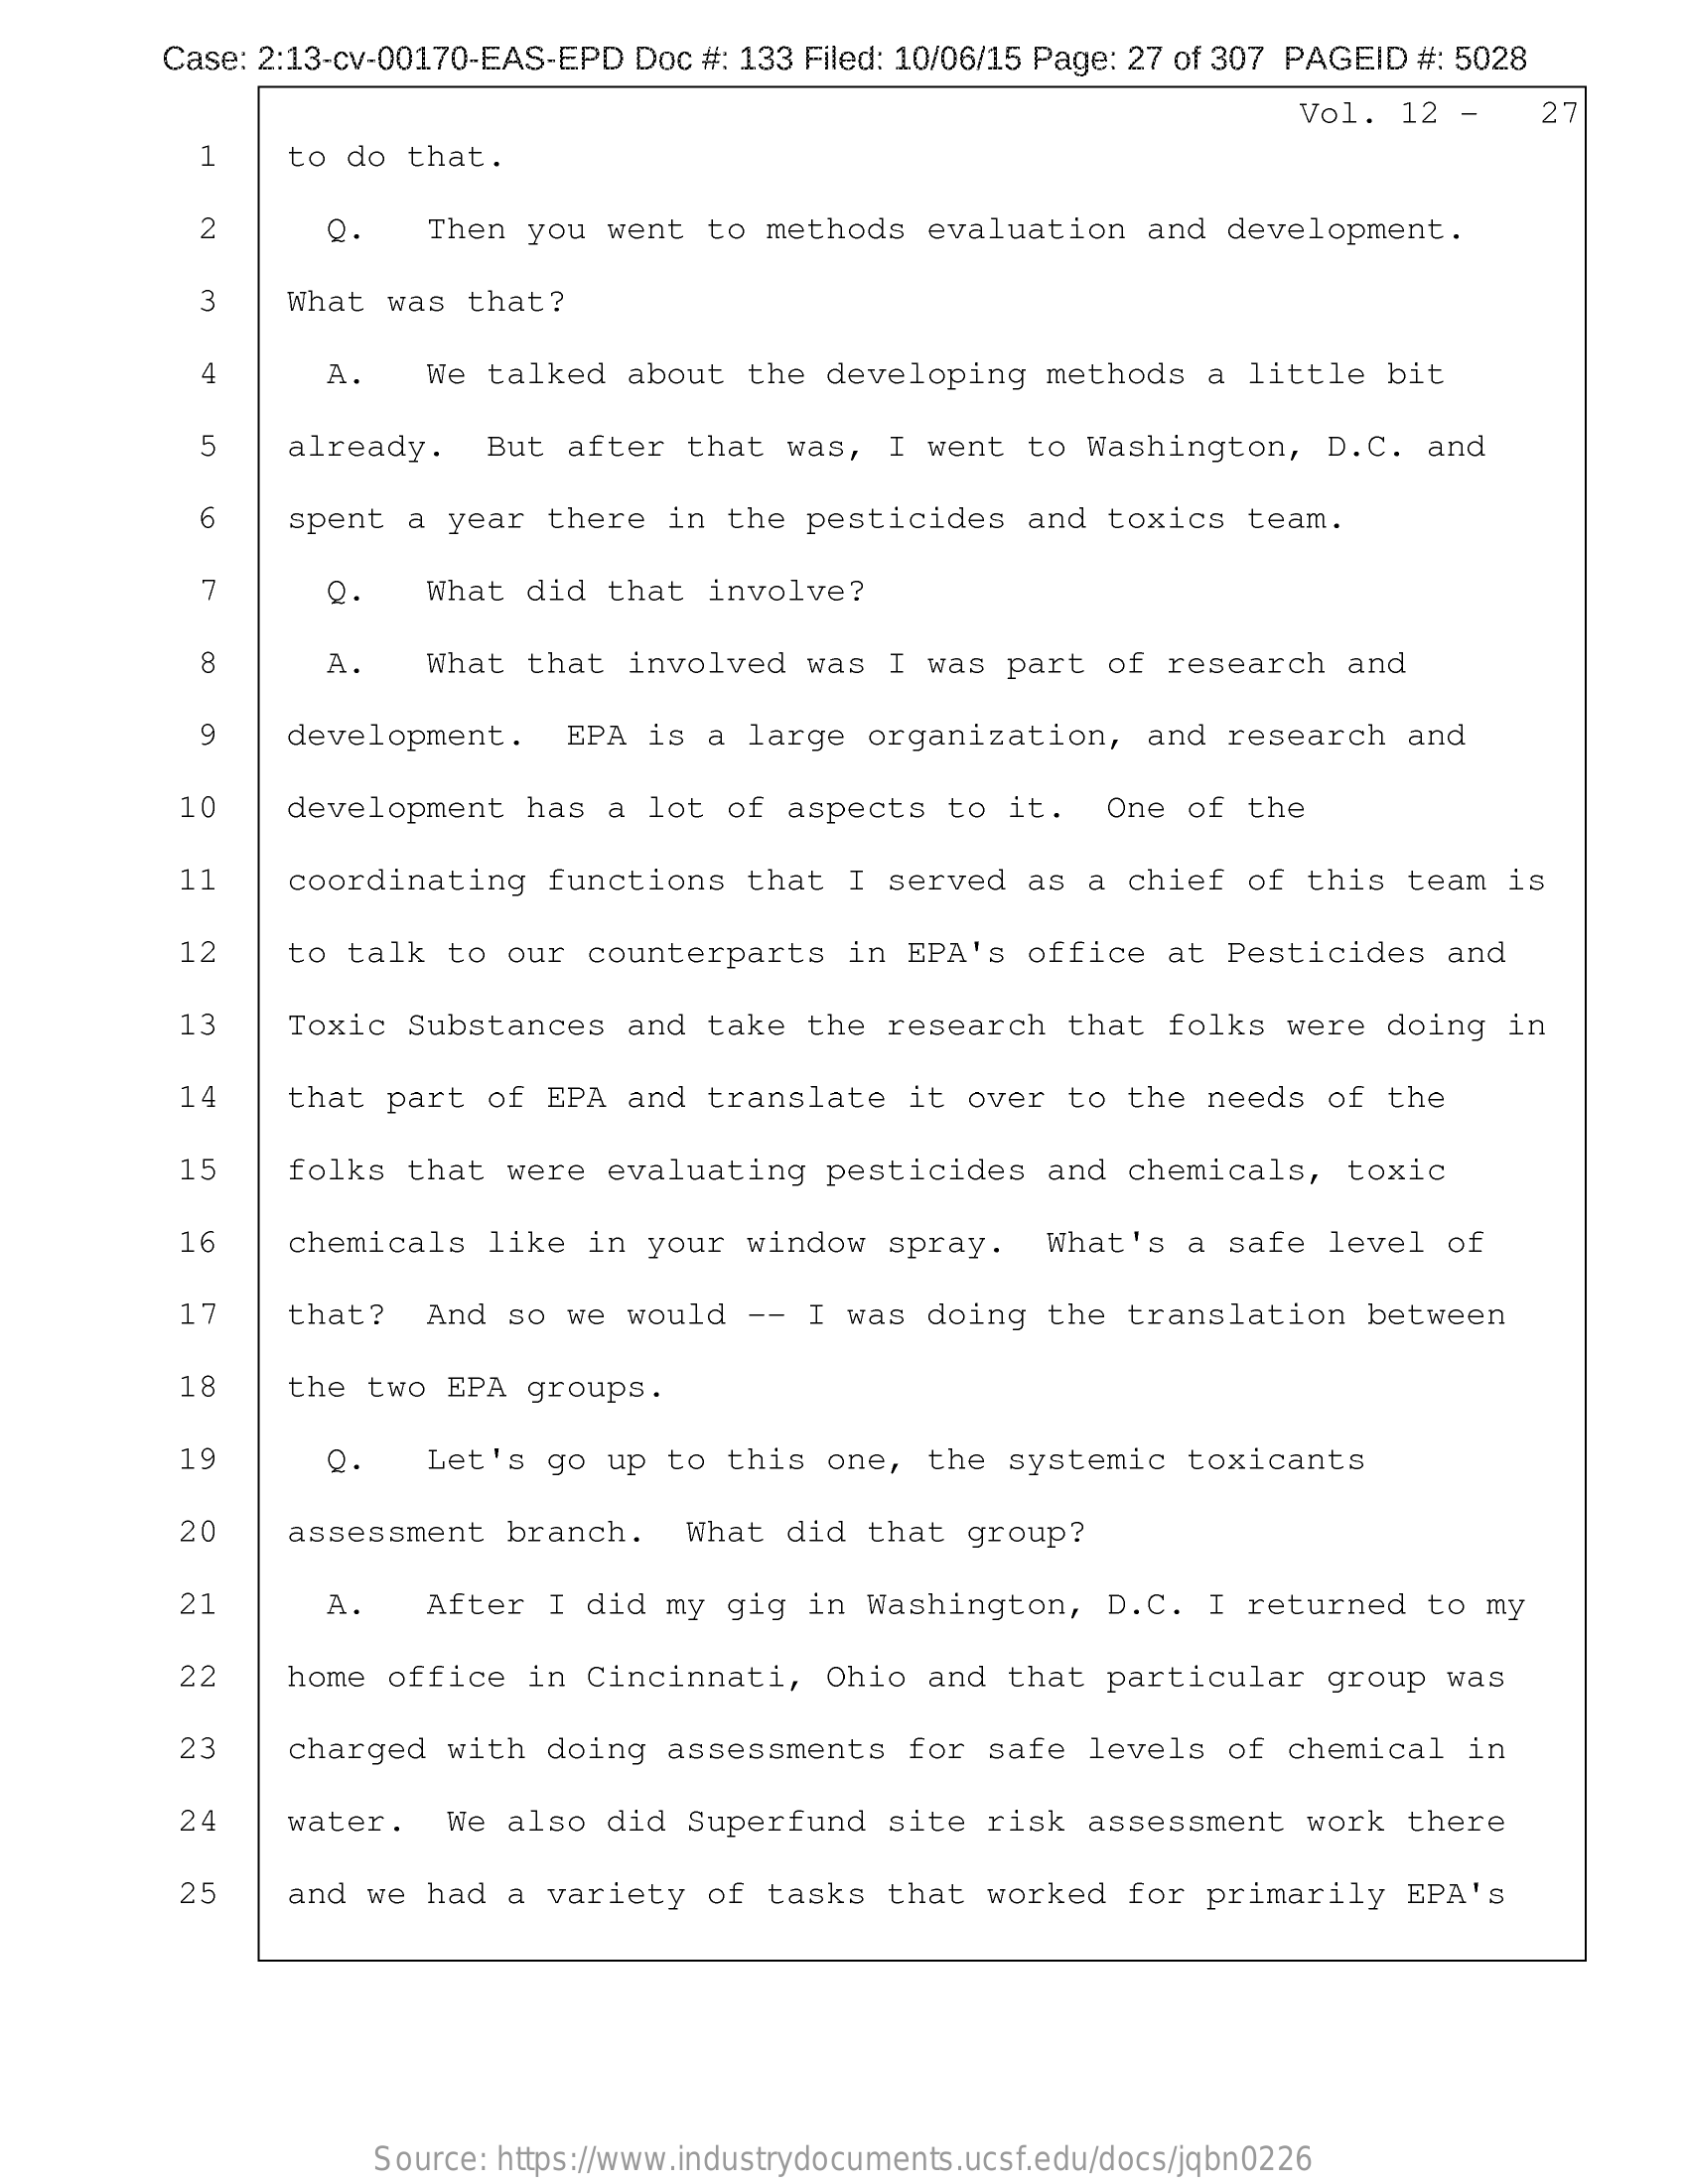
Case: 2:13-cv-00170-EAS-EPD Doc #: 133 Filed: 10/06/15 Page: 27 of 307 PAGEID #: 5028
     Vol. 12 -    27
     1    to do that.
     2    Q.   Then you went to methods  evaluation  and development.
     3   What  was that?
     4    A.    We talked about  the developing methods  a little bit
     5    already.  But after that  was, I went to  Washington, D. C. and
     6    spent a year there in  the pesticides  and toxics team.
     7    Q.   What did that  involve?
     8    A.   What that involved  was I was part  of research and
     9   development.   EPA is a  large organization,  and research  and
     10   development  has a lot of  aspects to it.   One of the
     11    coordinating functions  that I served as  a chief of this team  is
     12   to  talk to our counterparts  in EPA's office  at Pesticides  and
     13   Toxic  Substances and  take the research that  folks were doing  in
     14    that part of EPA and translate  it over  to the needs of  the
     15    folks that were evaluating  pesticides and  chemicals, toxic
     16    chemicals like in your  window spray.  What's  a safe level  of
     that?  And so we would  -- I was doing  the translation between
     18    the two EPA groups.
     19    Q.   Let's go up to this  one, the systemic  toxicants
     20    assessment branch.  What  did that group?
     21    A.   After I did my gig  in Washington, D.C.  I returned  to my
     22   home  office in Cincinnati,  Ohio and that  particular group  was
     23    charged with doing assessments  for safe  levels of chemical  in
     24    water.  We also did Superfund  site risk  assessment work  there
     25   and  we had a variety of  tasks that worked  for primarily EPA's
     Source: https://www.industrydocuments.ucsf.edu/docs/jqbn0226